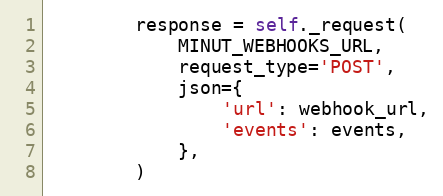
Language: Python
        response = self._request(
            MINUT_WEBHOOKS_URL,
            request_type='POST',
            json={
                'url': webhook_url,
                'events': events,
            },
        )